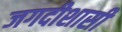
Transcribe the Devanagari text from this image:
जगदीशासी